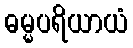
ဓမ္မပရိယာယံ